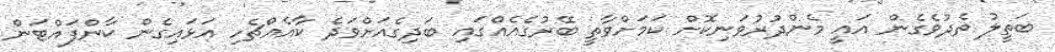
ބަތީލު ތެދުވެގެން އައީ މެންދުރުވަނިކޮށް ކަމަށްވާތީ ބޭރުގެއެއްގައި ބަދިގެއަށްވަދެ ކާއެއްޗެހި އަޅައިގެން ކާންފައްޓަން